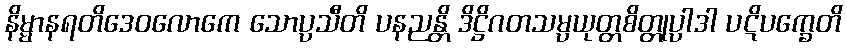
နိမ္မာနရတိဒေဝလောကေ သောပ္ပသီတိ ပနညန္တိ ဒိဋ္ဌိဂတသမ္ပယုတ္တစိတ္တုပ္ပါဒါ ပဋိပက္ခေတိ